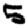
Digit: 5